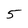
Character: 5